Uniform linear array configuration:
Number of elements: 24
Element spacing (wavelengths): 0.75
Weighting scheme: cosine
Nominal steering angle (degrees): -60
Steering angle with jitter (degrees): -59.611
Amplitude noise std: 0.05
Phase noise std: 0.05

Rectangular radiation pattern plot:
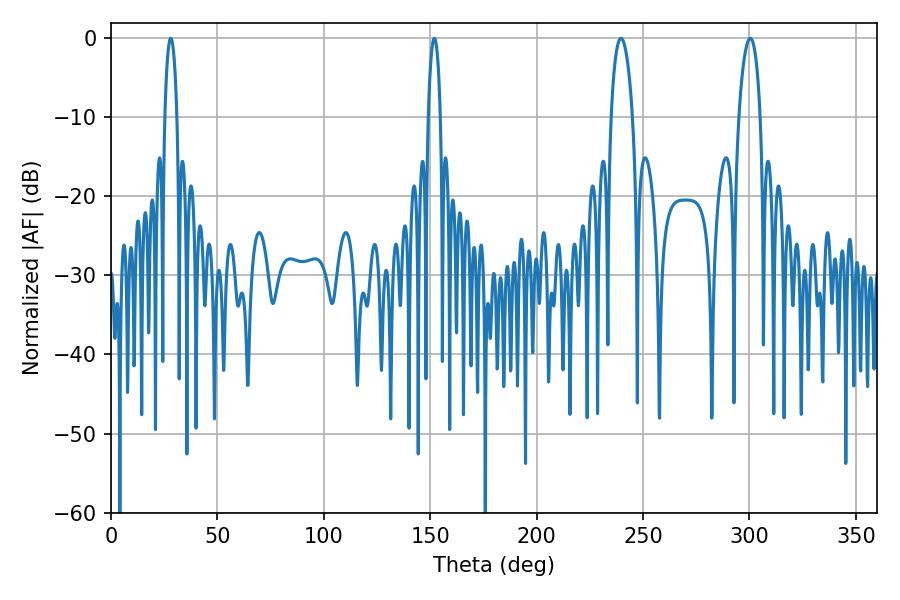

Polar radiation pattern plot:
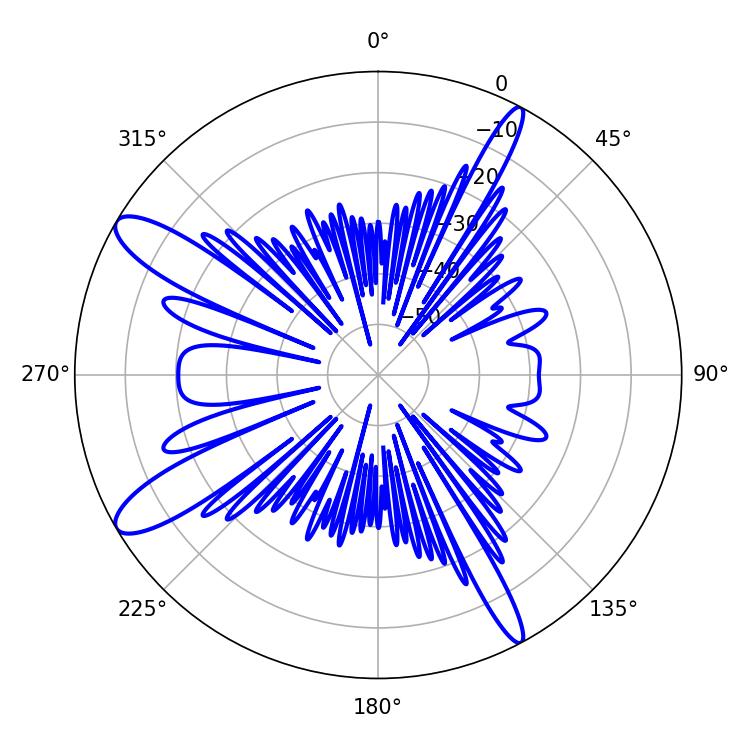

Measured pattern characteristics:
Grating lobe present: TRUE
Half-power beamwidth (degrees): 3.24
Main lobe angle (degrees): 151.92